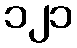
၁၂၁